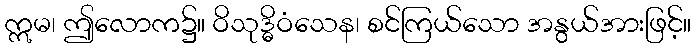
ဣမ၊ ဤလောက၌။ ဝိသုဒ္ဓိဝံသေန၊ စင်ကြယ်သော အနွယ်အားဖြင့်။